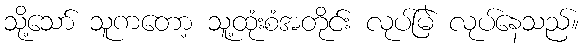
သို့သော် သူကတော့ သူ့ထုံးစံအတိုင်း လုပ်မြဲ လုပ်နေသည်။